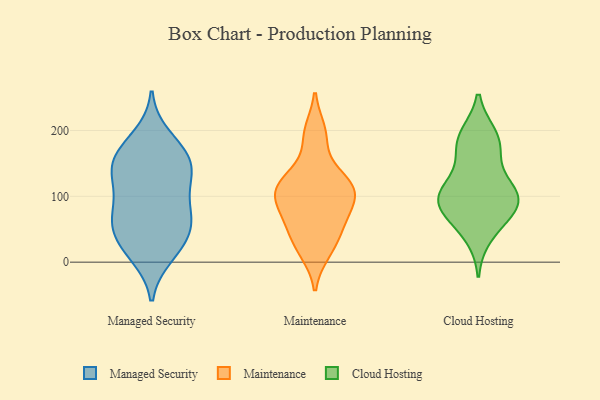
{"axis": {"x": "Temperature (°C)", "y": "Value"}, "legend": ["Cloud Hosting", "Maintenance", "Managed Security"], "data": [{"x": "", "y": 146, "type": "Managed Security"}, {"x": "", "y": 59, "type": "Managed Security"}, {"x": "", "y": 10, "type": "Managed Security"}, {"x": "", "y": 171, "type": "Managed Security"}, {"x": "", "y": 146, "type": "Managed Security"}, {"x": "", "y": 16, "type": "Managed Security"}, {"x": "", "y": 73, "type": "Managed Security"}, {"x": "", "y": 58, "type": "Managed Security"}, {"x": "", "y": 59, "type": "Managed Security"}, {"x": "", "y": 152, "type": "Managed Security"}, {"x": "", "y": 92, "type": "Managed Security"}, {"x": "", "y": 25, "type": "Managed Security"}, {"x": "", "y": 132, "type": "Managed Security"}, {"x": "", "y": 191, "type": "Managed Security"}, {"x": "", "y": 126, "type": "Managed Security"}, {"x": "", "y": 47, "type": "Managed Security"}, {"x": "", "y": 102, "type": "Managed Security"}, {"x": "", "y": 166, "type": "Managed Security"}, {"x": "", "y": 120, "type": "Maintenance"}, {"x": "", "y": 198, "type": "Maintenance"}, {"x": "", "y": 88, "type": "Maintenance"}, {"x": "", "y": 131, "type": "Maintenance"}, {"x": "", "y": 121, "type": "Maintenance"}, {"x": "", "y": 110, "type": "Maintenance"}, {"x": "", "y": 22, "type": "Maintenance"}, {"x": "", "y": 92, "type": "Maintenance"}, {"x": "", "y": 64, "type": "Maintenance"}, {"x": "", "y": 54, "type": "Maintenance"}, {"x": "", "y": 93, "type": "Maintenance"}, {"x": "", "y": 45, "type": "Maintenance"}, {"x": "", "y": 114, "type": "Maintenance"}, {"x": "", "y": 16, "type": "Maintenance"}, {"x": "", "y": 190, "type": "Maintenance"}, {"x": "", "y": 191, "type": "Cloud Hosting"}, {"x": "", "y": 89, "type": "Cloud Hosting"}, {"x": "", "y": 95, "type": "Cloud Hosting"}, {"x": "", "y": 70, "type": "Cloud Hosting"}, {"x": "", "y": 96, "type": "Cloud Hosting"}, {"x": "", "y": 40, "type": "Cloud Hosting"}, {"x": "", "y": 176, "type": "Cloud Hosting"}, {"x": "", "y": 163, "type": "Cloud Hosting"}, {"x": "", "y": 192, "type": "Cloud Hosting"}, {"x": "", "y": 111, "type": "Cloud Hosting"}, {"x": "", "y": 72, "type": "Cloud Hosting"}, {"x": "", "y": 104, "type": "Cloud Hosting"}, {"x": "", "y": 114, "type": "Cloud Hosting"}]}